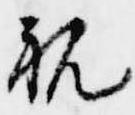
親